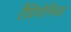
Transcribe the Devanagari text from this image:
रैडियोनिक्स